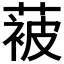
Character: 𮶮